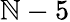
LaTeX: \mathbb{N}-5